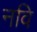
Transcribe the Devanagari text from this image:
नवि